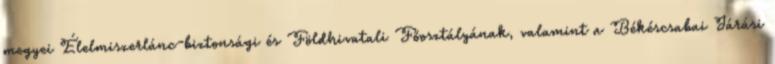
megyei Élelmiszerlánc-biztonsági és Földhivatali Főosztályának, valamint a Békéscsabai Járási